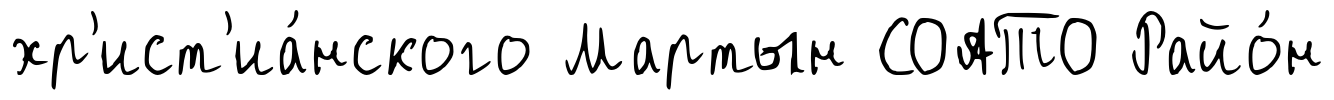
хр'ист'иа́нского Мартын СОАТО Райо́н